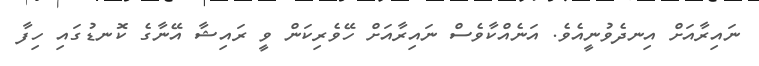
ނައިރާއަށް އިނދެވުނީއެވެ. އަނެއްކާވެސް ނައިރާއަށް ހޭވެރިކަން ވީ ރައިޝާ އޭނާގެ ކޮނޑުގައި ހިފާ